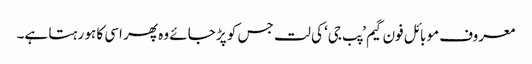
معروف موبائل فون گیم ’پب جی‘ کی لت جس کو پڑ جائے وہ پھر اسی کا ہو رہتا ہے۔